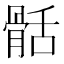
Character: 䯏